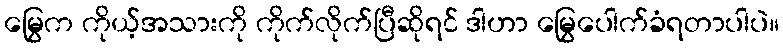
မြွေက ကိုယ့်အသားကို ကိုက်လိုက်ပြီဆိုရင် ဒါဟာ မြွေပေါက်ခံရတာပါပဲ။